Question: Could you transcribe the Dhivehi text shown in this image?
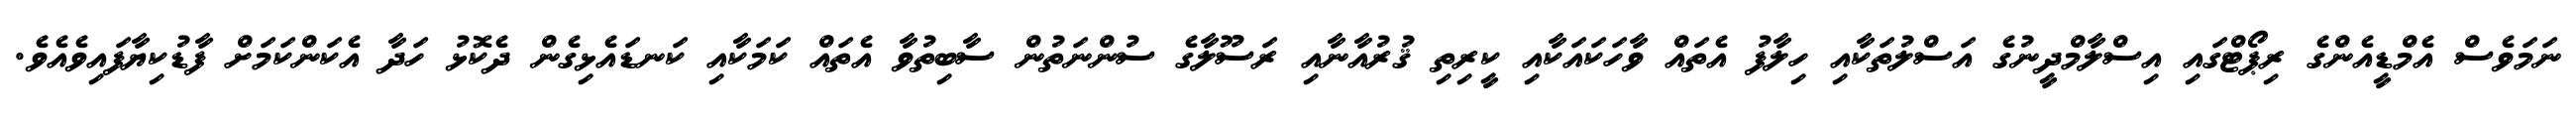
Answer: ނަމަވެސް އެމްޑީއެންގެ ރިޕޯޓްގައި އިސްލާމްދީނުގެ އަސްލުތަކާއި ހިލާފު އެތައް ވާހަކައަކާއި ކީރިތި ޤުރުއާނާއި ރަސޫލާގެ ސުންނަތުން ސާބިތުވާ އެތައް ކަމަކާއި ކަނޑައެޅިގެން ދެކޮޅު ހަދާ އެކަންކަމަށް ފާޑުކިޔާފައިވެއެވެ.